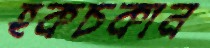
হকচকান